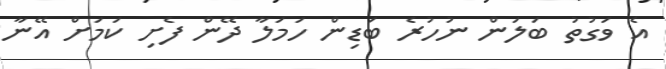
އެ ވަގުތު ބަލަން ނުހުރެ ބަޑިން ހަމަލާ ދޭން ފެށި ކަމަށް އޭނާ